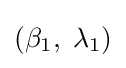
(\beta _{1},\;\lambda _{1})